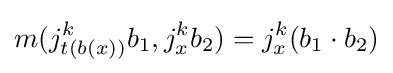
m(j_{t(b(x))}^{k}b_{1},j_{x}^{k}b_{2})=j_{x}^{k}(b_{1}\cdot b_{2})